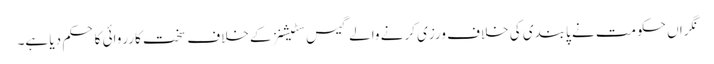
نگراں حکومت نے پابندی کی خلاف ورزی کرنے والے گیس سٹیشنز کے خلاف سخت کارروائی کا حکم دیا ہے۔